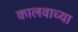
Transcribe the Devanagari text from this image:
कालवाच्या